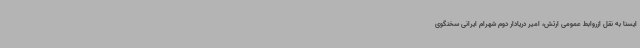
ایسنا به نقل ازروابط عمومی ارتش، امیر دریادار دوم شهرام ایرانی سخنگوی